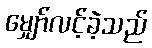
မျှော်လင့်ခဲ့သည်